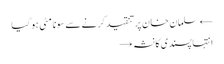
← سلمان خان پر تنقید کرنے سے سونا مٹی ہو گیا
انتہا پسندی کا نشہ →